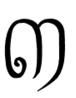
៣